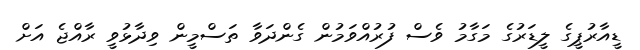
ޑީއާރުޕީގެ ލީޑަރުގެ މަގާމު ވެސް ފުރުއްވަމުން ގެންދަވާ ތަސްމީން ވިދާޅުވީ ރާއްޖެ އަށް